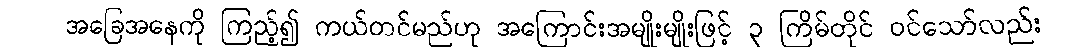
အခြေအနေကို ကြည့်၍ ကယ်တင်မည်ဟု အကြောင်းအမျိုးမျိုးဖြင့် ၃ ကြိမ်တိုင် ဝင်သော်လည်း